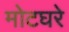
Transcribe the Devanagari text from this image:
मोटघरे